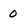
Character: 0